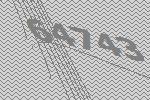
64743